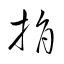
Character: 捐